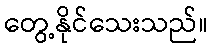
တွေ့နိုင်သေးသည်။